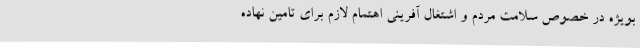
بویژه در خصوص سلامت مردم و اشتغال آفرینی اهتمام لازم برای تامین نهاده